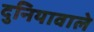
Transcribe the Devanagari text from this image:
दुनियावाले